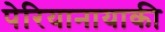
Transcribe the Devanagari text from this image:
पेरियानायाकी